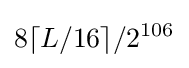
8\lceil L/16\rceil /2^{106}